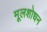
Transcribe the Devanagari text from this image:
मूलशोधन